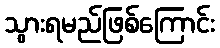
သွားရမည်ဖြစ်ကြောင်း